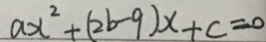
a x ^ { 2 } + ( 2 b - 9 ) x + c = 0